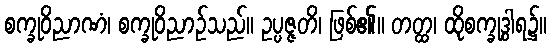
စက္ခုဝိညာဏံ၊ စက္ခုဝိညာဉ်သည်။ ဥပ္ပဇ္ဇတိ၊ ဖြစ်၏။ တတ္ထ၊ ထိုစက္ခုဒွါရ၌။